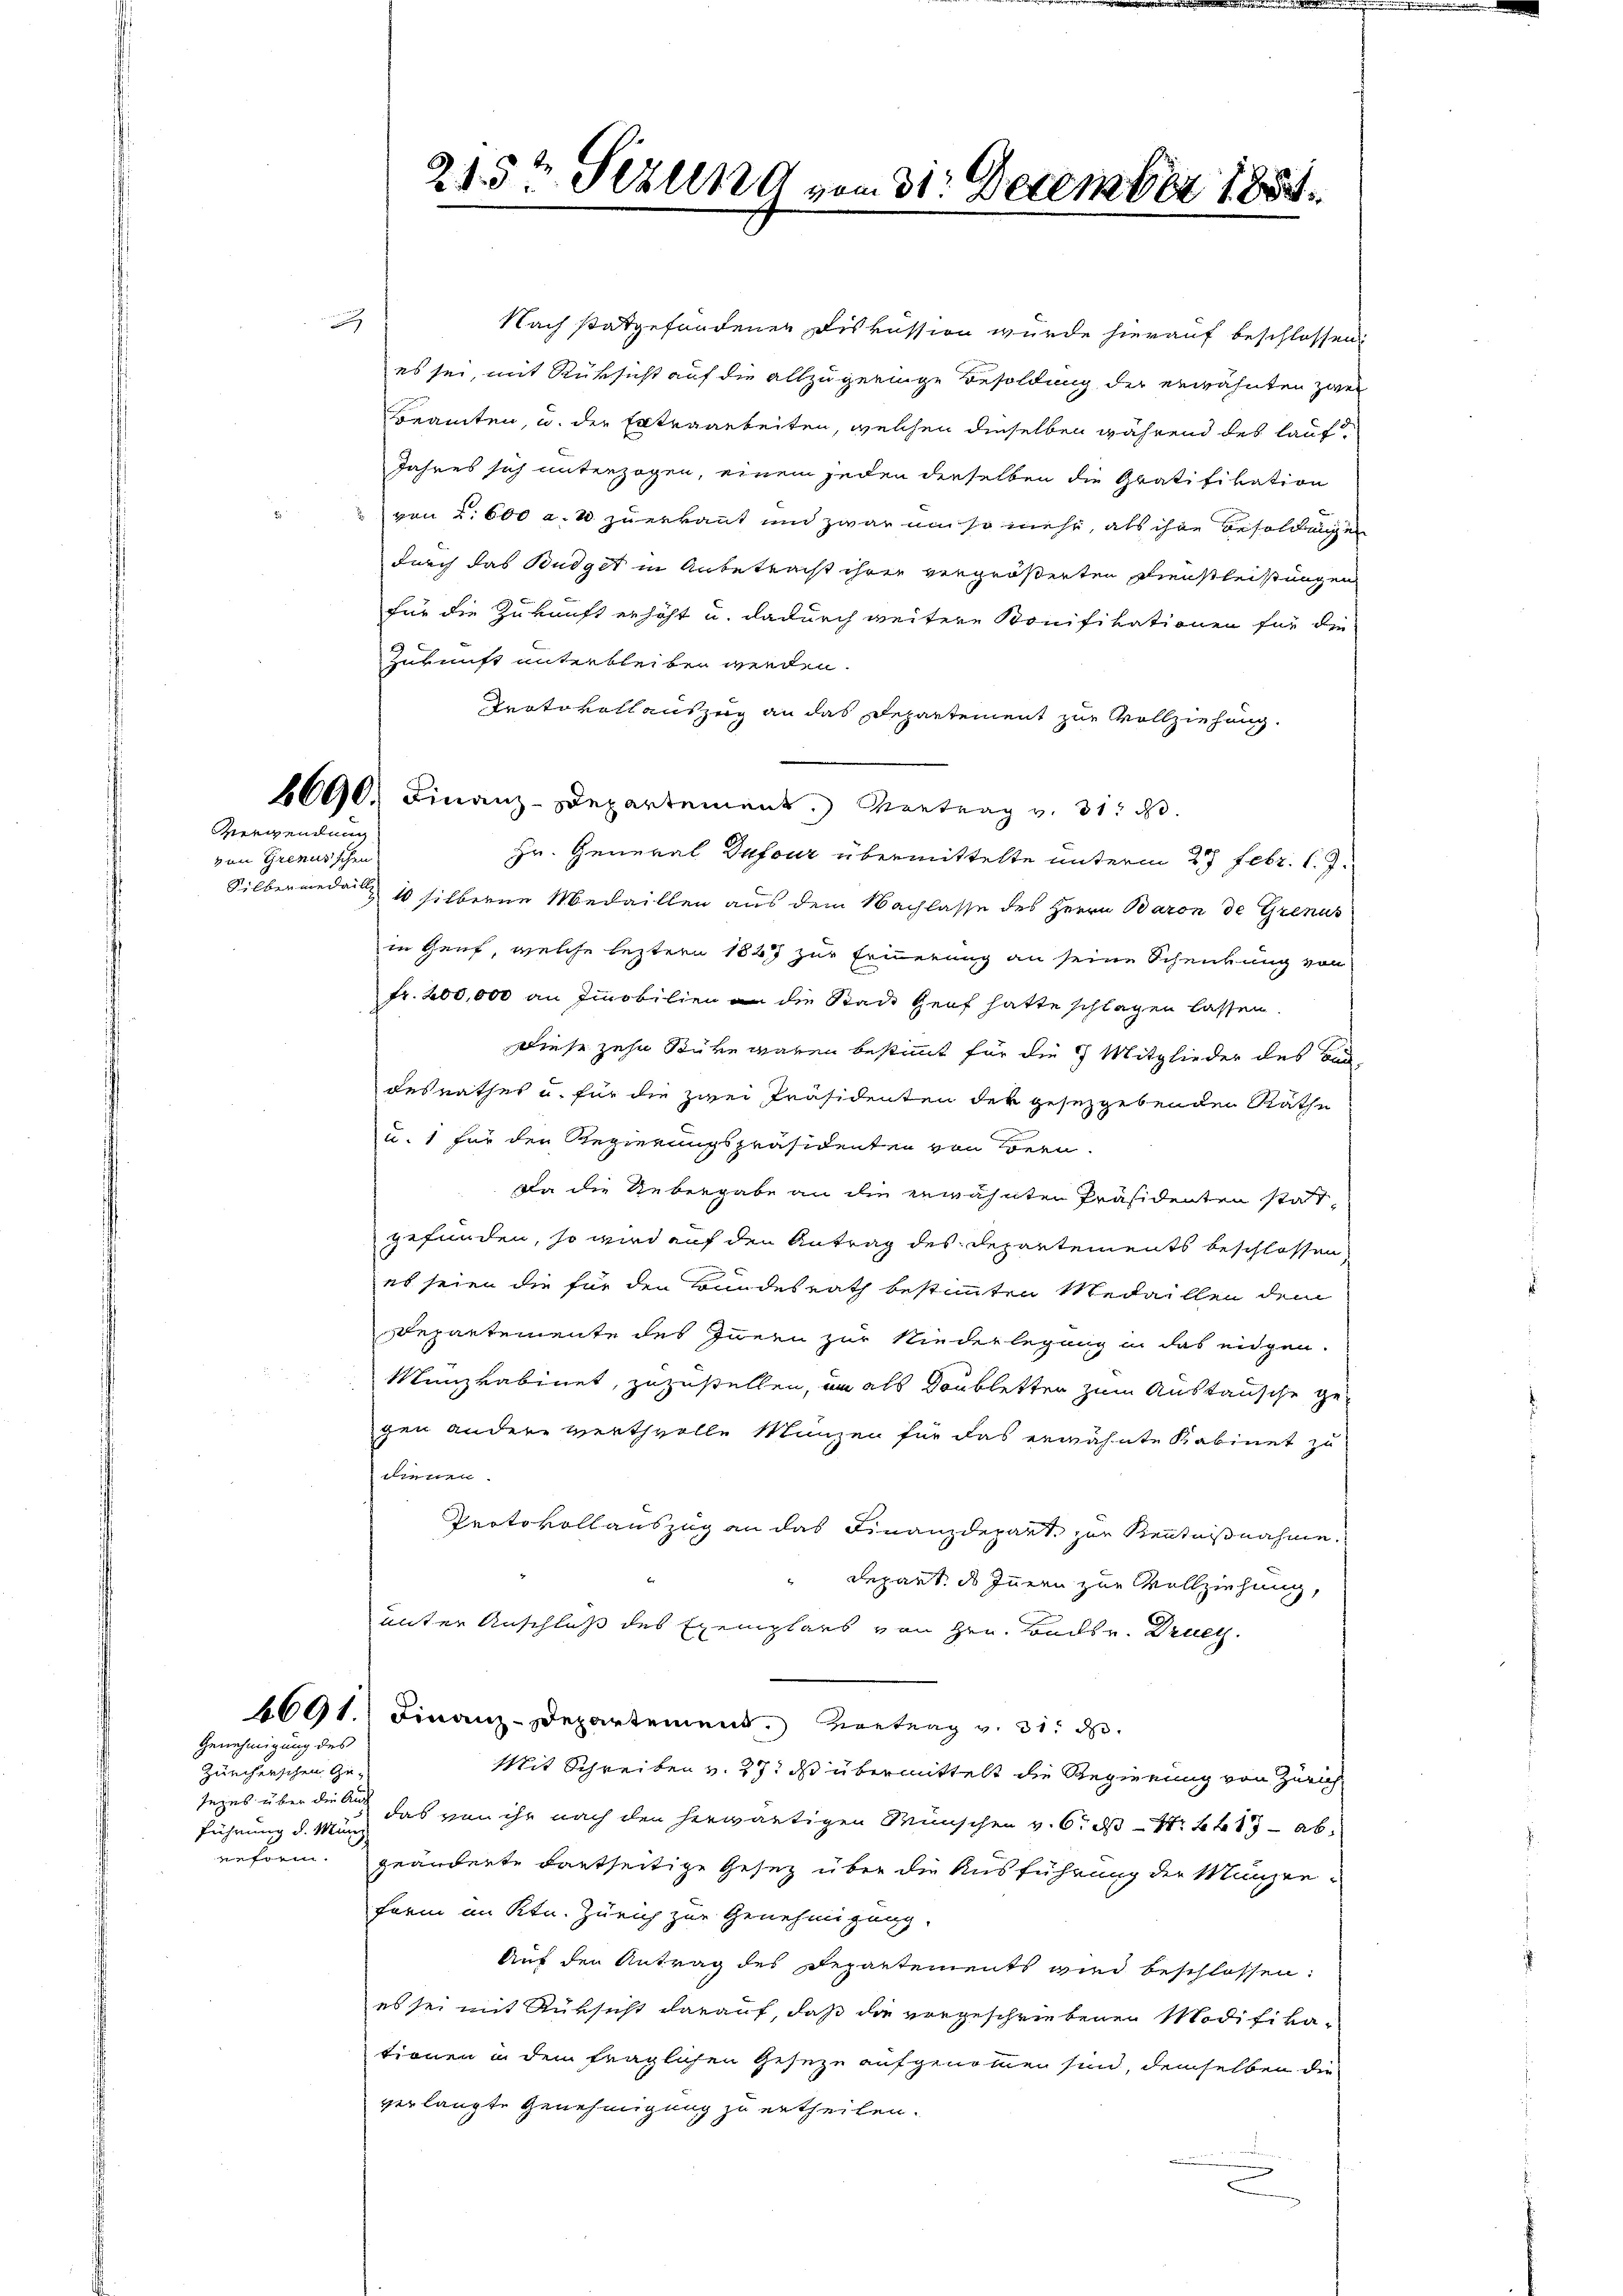
g

Verwendung
von Grenusschen

Zürcherschen Ge-
sezes über die Aus
führung d. Münz

Genehmigung des

2152 Sezung vom 31. December 1884.

Nach stattgefundenen Diskussion wurde hierauf beschlossen:
es sei, mit Rüksicht auf die allzugeringe Besoldung der erwähnten zwei
Beamten, u. der Extraarbeiten, welchen dieselben während des lauf¬
Jahres sich unterzogen, einem jeden derselben die Gratifikation
" von S. 600 a. 20 zuerkannt und zwar um so mehr, als ihre Besoldungen
durch das Budget in Anbetracht ihrer vergrößerten Dienstleistungen
für die Zukunft erhöht u. dadurch weitere Konifikationen für die
Zukunft unterbleiben werden.
Protokollauszug an das Departement zur Vollziehung.
6690. Finanz-Departement. Vortrag v. 31. d.
Hr. General Dufour übermittelte unterm 27 Febr. l. J.
Silberwieden 10 silberne Medaillen aus dem Nachlasse des Herrn Baron de Grenus
in Genf, welche leztern 1847 zur Eruerung an seine Schenkung von
Fr. 200,000 an Immobilien an die Stade Genf hatte schlagen lassen.
Diese zehn Stüke waren bestimmt für die 7 Mitglieder des Bad
desrathes u. für die zwei Präsidenten der gesetzgebenden Räthe
u. 1 für den Regierungspräsidenten von Bern.
Da die Uebergabe an die erwähnten Präsidenten statgefunden, so wird auf den Antrag des Departements beschlossen
es seien die für den Bundesrath bestimmten Medaillen dem
Departemente des Zwern zur Niederlegung in das eidgen.
Münzkabinet, zuzustellen, um als Doubletter zum Austausche gegen andere Werthvolle Manzen für das erwähnte Kabinet zu
nen
Protokollauszug an das Finanzdepart zur Kenntnißnahme.
 Depart. ds Innern zur Vollziehung,
unter Anschluß des Exemplars von Hrn. Badsr. Druc
6691. Finanz-Departement. Vortrag v. 31. d.
Mit Schreiben v. 27. ds übermittelt die Regierung von Zürich
das von ihr nach den herwärtigen Wünschen v. 6. ds Nr. 4417 - abenform. geänderte dortseitige Gesez über die Ausführung der Münzenform im Ktn. Zürich zur Genehmigung.
Auf den Antrag des Departements wird beschlossen:
es sei mit Rüksicht darauf, daß die vorgeschriebenen Modifikationen in dem fraglichen Geseze aufgenommen sind, demselben die
verlangte Genehmigung zu ertheilen.